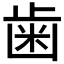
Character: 歯